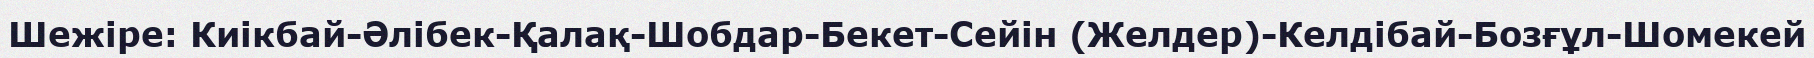
Шежіре: Киікбай-Әлібек-Қалақ-Шобдар-Бекет-Сейін (Желдер)-Келдібай-Бозғұл-Шомекей